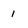
Character: 1